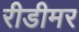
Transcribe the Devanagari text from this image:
रीडीमर